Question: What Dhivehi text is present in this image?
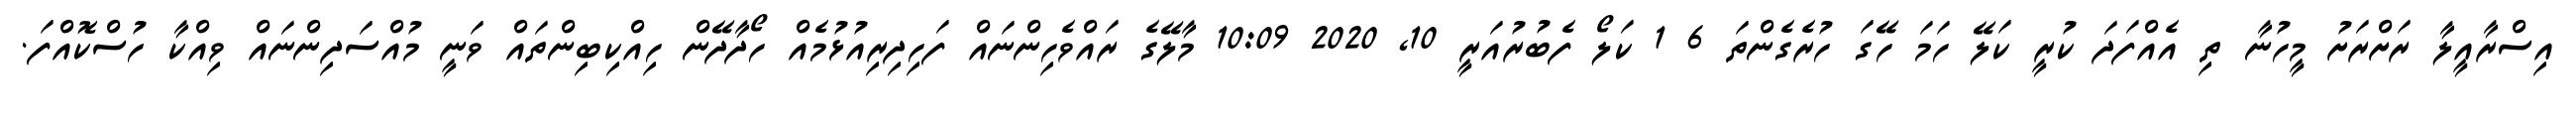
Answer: އިސްރާއީލާ ރަށްރަށު މީހުނާ ތި އެއްފަދަ ކުރީ ކަލޭ ހަމަ ހޭގަ ހުރެގެންތަ 6 1 ކަލޯ ފެބުރުއަރީ 10, 2020 10:09 މާލޭގެ ރައްވެހިންނައް ފަހިދިރިއުޅުމެއް ހޯދާދޭން ހިއްކިބިންތައް ވަނީ މުއްސަދިންނައް ވިއްކާ ހުސްކޮއްފަ.